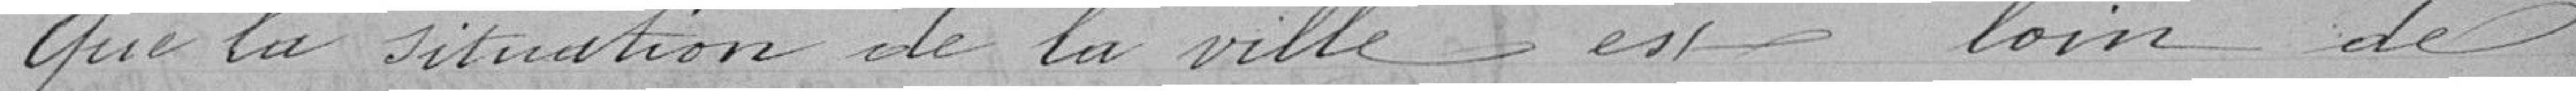
que la situation de la ville est loin de